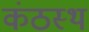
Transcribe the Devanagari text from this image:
कंठस्‍थ